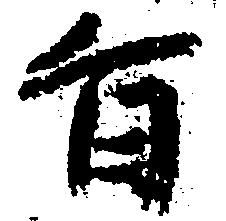
旨